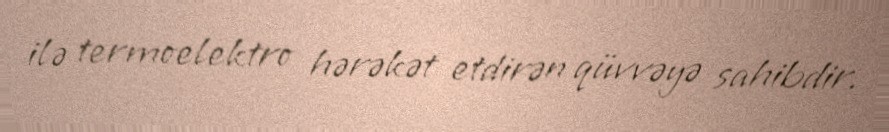
ilə termoelektro hərəkət etdirən qüvvəyə sahibdir.